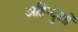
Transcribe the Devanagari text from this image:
अहिन्दुओं